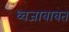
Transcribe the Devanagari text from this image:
ध्वजाबाबत